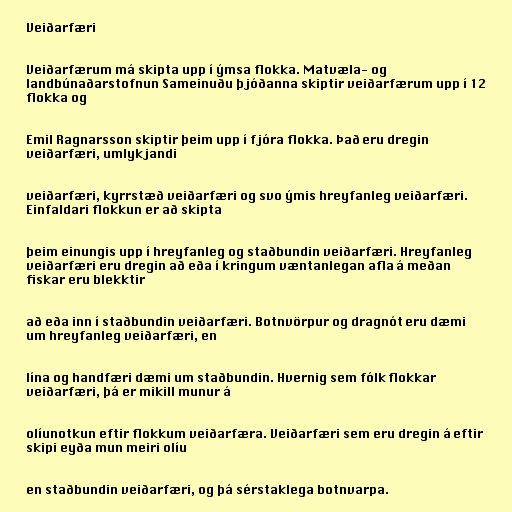
Veiðarfæri

Veiðarfærum má skipta upp í ýmsa flokka. Matvæla- og
landbúnaðarstofnun Sameinuðu þjóðanna skiptir veiðarfærum upp í 12
flokka og

Emil Ragnarsson skiptir þeim upp í fjóra flokka. Það eru dregin
veiðarfæri, umlykjandi

veiðarfæri, kyrrstæð veiðarfæri og svo ýmis hreyfanleg veiðarfæri.
Einfaldari flokkun er að skipta

þeim einungis upp í hreyfanleg og staðbundin veiðarfæri. Hreyfanleg
veiðarfæri eru dregin að eða í kringum væntanlegan afla á meðan
fiskar eru blekktir

að eða inn í staðbundin veiðarfæri. Botnvörpur og dragnót eru dæmi
um hreyfanleg veiðarfæri, en

lína og handfæri dæmi um staðbundin. Hvernig sem fólk flokkar
veiðarfæri, þá er mikill munur á

olíunotkun eftir flokkum veiðarfæra. Veiðarfæri sem eru dregin á eftir
skipi eyða mun meiri olíu

en staðbundin veiðarfæri, og þá sérstaklega botnvarpa.